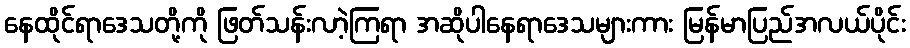
နေထိုင်ရာဒေသတို့ကို ဖြတ်သန်းလာဲ့ကြရာ အဆိုပါနေရာဒေသများကား မြန်မာပြည်အလယ်ပိုင်း